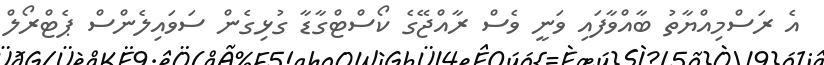
އެ ރަސްމިއްޔާތު ބާއްވާފައި ވަނީ ވެސް ރާއްޖޭގެ ކޯސްޓްގާޑާ ގުޅިގެން ސަވައިލެންސް ޕެޓްރޯލް